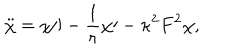
\ddot { \chi } = \chi \prime \prime - \frac { 1 } { r } \chi \prime - \kappa ^ { 2 } F ^ { 2 } \chi ,